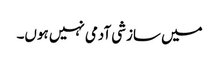
میں سازشی آدمی نہیں ہوں۔